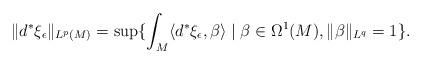
LaTeX: \begin{align*}\|d^*\xi_{\epsilon}\|_{L^p(M)}=\sup\{\int_M\langle d^*\xi_{\epsilon},\beta\rangle \mid \beta \in \Omega^1(M),\|\beta\|_{L^q}=1\}.\end{align*}